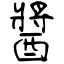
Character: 醬